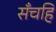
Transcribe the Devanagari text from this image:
सँचहि